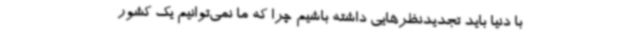
با دنیا باید تجدیدنظرهایی داشته باشیم چرا که ما نمی‌توانیم یک کشور